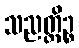
သညတ္တိဉ္စ